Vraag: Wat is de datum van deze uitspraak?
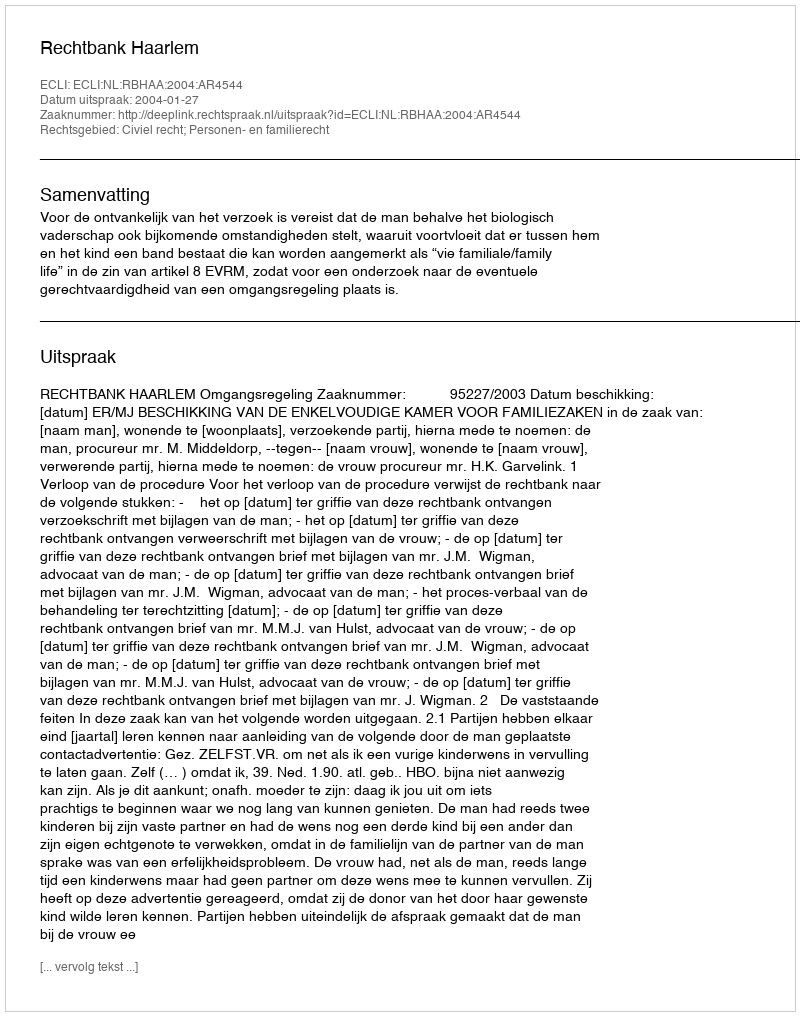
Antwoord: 2004-01-27